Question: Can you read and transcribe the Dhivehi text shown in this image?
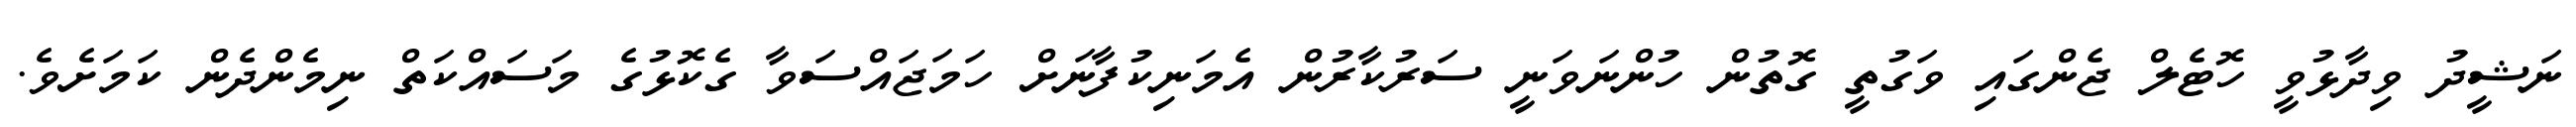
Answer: ނަޝީދު ވިދާޅުވީ ހޮޓެލް ޖެންގައި ވަގުތީ ގޮތުން ހުންނަވަނީ ސަރުކާރުން އެމަނިކުފާނަށް ހަމަޖައްސަވާ ގެކޮޅުގެ މަސައްކަތް ނިމެންދެން ކަމަށެވެ.